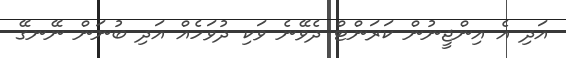
އަދި އެ އިންޖީނުން ކަރަންޓް ދެވޭނެ ވަކި ދުވަހެއް އަދި ބުނަން ނޭނގޭ